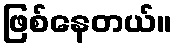
ဖြစ်နေတယ်။